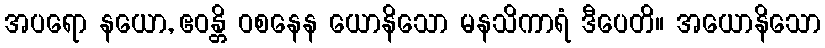
အပရော နယော, ဧဝန္တိ ဝစနေန ယောနိသော မနသိကာရံ ဒီပေတိ။ အယောနိသော